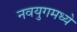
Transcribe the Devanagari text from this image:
नवयुगमध्ये